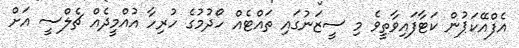
އެފްއޭކަޕުން ކަޓާފައިވާތީވެ މި ސީޒަނުގައި ތައްޓެއް ހޯދުމުގެ ހުރިހާ އުއްމީދެއް ޗެލްސީ އަށް